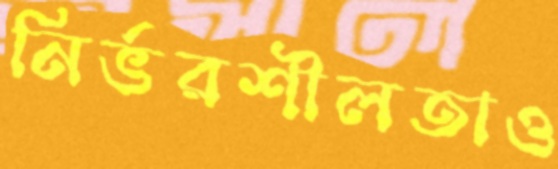
নির্ভরশীলতাও